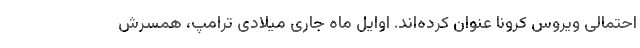
احتمالی ویروس کرونا عنوان کرده‌اند. اوایل ماه جاری میلادی ترامپ، همسرش